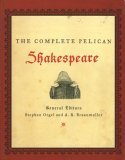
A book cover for The Complete Pelican Shakespeare; Literature & Fiction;